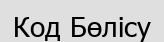
Код Бөлісу